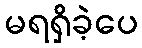
မရရှိခဲ့ပေ